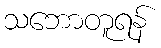
သဘောတူရန်